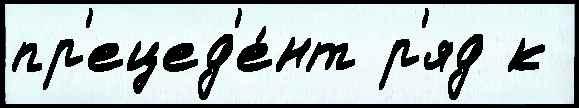
пр'ецед'е́нт р'яд к